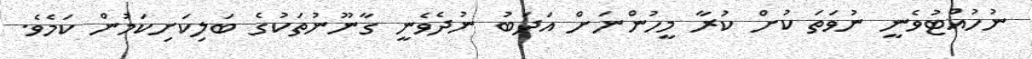
ނުހުއްޓުވެނީ ނުވަތަ ކުށް ކުރާ މީހުންނަށް އަދަބު ނުދެވެނީ ގާނޫނުތަކުގެ ބަލިކަށިކަމުން ކަމެވެ.